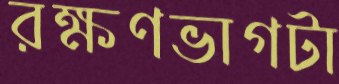
রক্ষণভাগটা